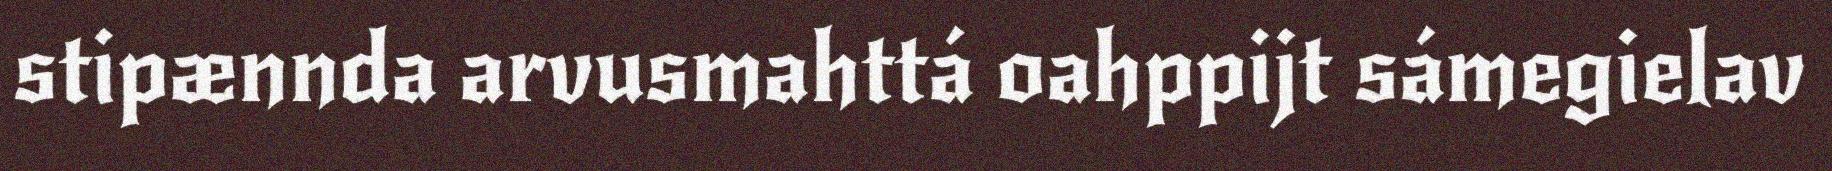
stipænnda arvusmahttá oahppijt sámegielav